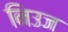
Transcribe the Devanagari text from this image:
निउज